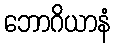
ဘောဂိယာနံ